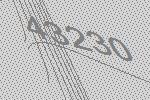
43230